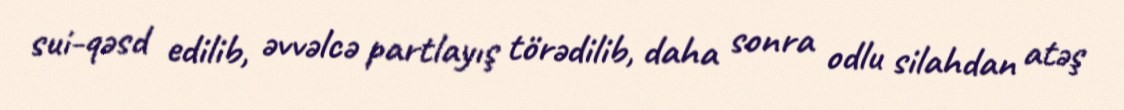
sui-qəsd edilib, əvvəlcə partlayış törədilib, daha sonra odlu silahdan atəş